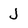
Character: J